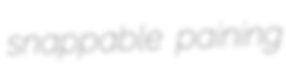
snappable paining